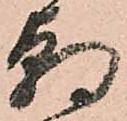
朝